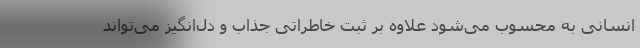
انسانی به محسوب می‌شود علاوه بر ثبت خاطراتی جذاب و دل‌انگیز می‌تواند